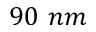
9 0 \ n m